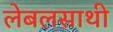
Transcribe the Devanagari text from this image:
लेबलसाथी